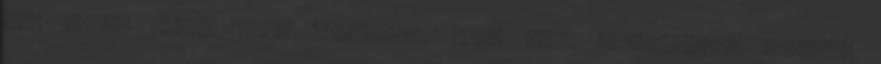
nem vágom szét, arra figyelek. Fasz akar kártérítést fizetni